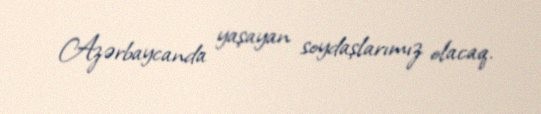
Azərbaycanda yaşayan soydaşlarımız olacaq.